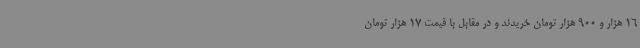
16 هزار و 900 هزار تومان خریدند و در مقابل با قیمت 17 هزار تومان